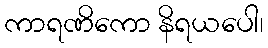
ကာရဏိကော နိရယပေါ၊